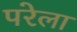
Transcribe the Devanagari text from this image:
परेला